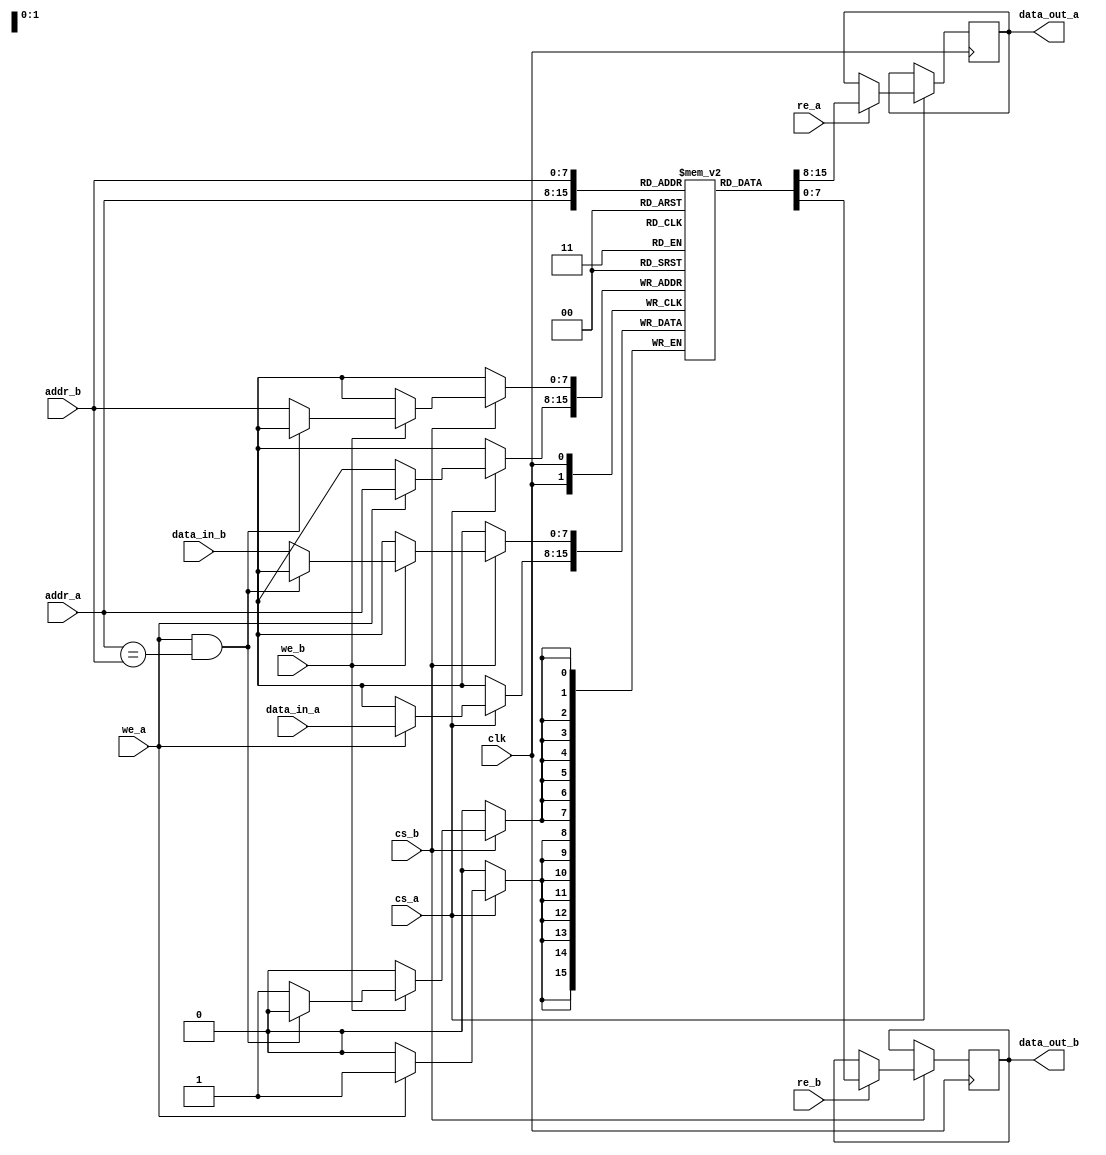
module dual_port_sram #(
    parameter ADDR_WIDTH = 8,  // Number of address bits
    parameter DATA_WIDTH = 8    // Width of data bus
)(
    input wire clk,              // Clock signal
    input wire cs_a,            // Chip select for Port A
    input wire we_a,            // Write enable for Port A
    input wire re_a,            // Read enable for Port A
    input wire [ADDR_WIDTH-1:0] addr_a, // Address for Port A
    input wire [DATA_WIDTH-1:0] data_in_a, // Data input for Port A
    output reg [DATA_WIDTH-1:0] data_out_a, // Data output for Port A

    input wire cs_b,            // Chip select for Port B
    input wire we_b,            // Write enable for Port B
    input wire re_b,            // Read enable for Port B
    input wire [ADDR_WIDTH-1:0] addr_b, // Address for Port B
    input wire [DATA_WIDTH-1:0] data_in_b, // Data input for Port B
    output reg [DATA_WIDTH-1:0] data_out_b  // Data output for Port B
);

    // Memory array declaration
    reg [DATA_WIDTH-1:0] memory [(2**ADDR_WIDTH)-1:0];

    // Port A control logic
    always @(posedge clk) begin
        if (cs_a) begin
            if (we_a) begin
                // Write operation for Port A
                memory[addr_a] <= data_in_a;
            end
            if (re_a) begin
                // Read operation for Port A
                data_out_a <= memory[addr_a];
            end
        end
    end

    // Port B control logic
    always @(posedge clk) begin
        if (cs_b) begin
            if (we_b) begin
                // Write operation for Port B
                // Ensure no simultaneous write on the same address
                if (!(we_a && (addr_a == addr_b))) begin
                    memory[addr_b] <= data_in_b;
                end
            end
            if (re_b) begin
                // Read operation for Port B
                data_out_b <= memory[addr_b];
            end
        end
    end

endmodule